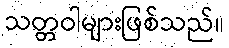
သတ္တဝါများဖြစ်သည်။